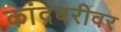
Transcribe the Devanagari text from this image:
कांदबरीवर